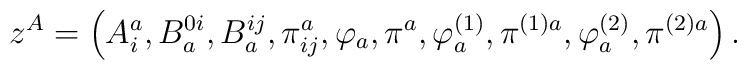
z^{A}=\left( A_{i}^{a},B_{a}^{0i},B_{a}^{ij},\pi _{ij}^{a},\varphi _{a},\pi^{a},\varphi _{a}^{\left( 1\right) },\pi ^{(1)a},\varphi _{a}^{\left(2\right) },\pi ^{(2)a}\right) .